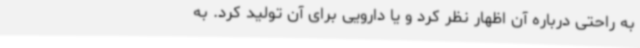
به راحتی درباره آن اظهار نظر کرد و یا دارویی برای آن تولید کرد. به